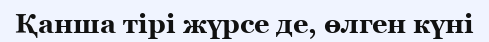
Қанша тірі жүрсе де, өлген күні